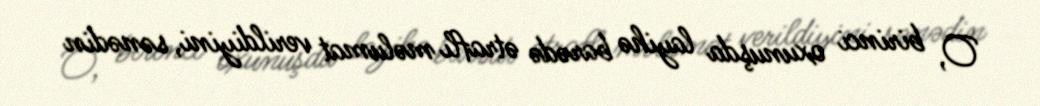
O, birinci oxunuşda layihə barədə ətraflı məlumat verildiyini, sənədin